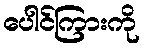
ပေါင်ကြားကို